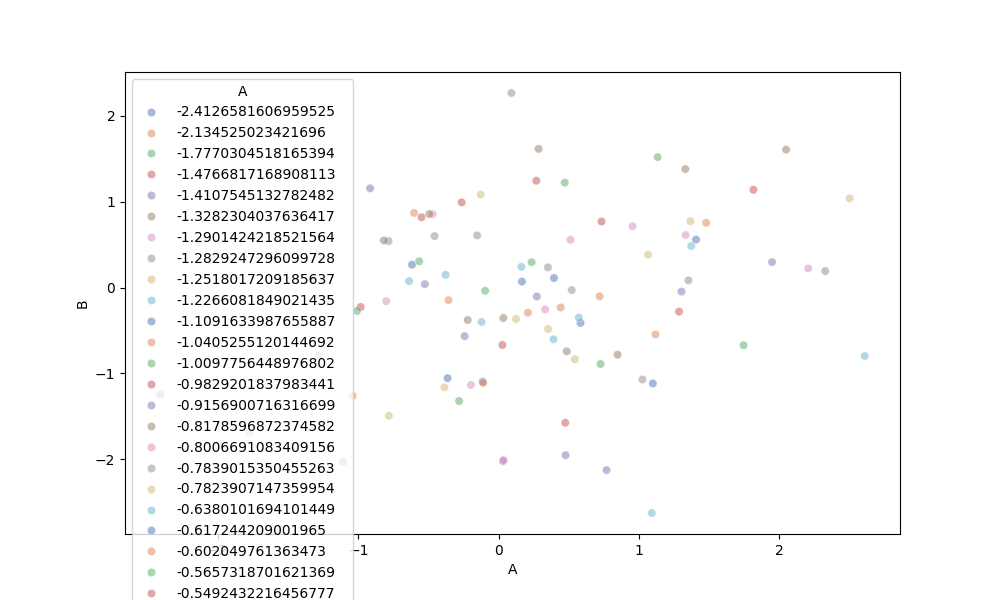
python, seaborn, scatterplot, hue='A', style='None', size='None', palette='deep', alpha=0.5